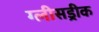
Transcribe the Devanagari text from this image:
ग्लीसड्रीक